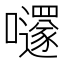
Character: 嚺